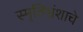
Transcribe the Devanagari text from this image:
स्मृतिभ्रंशाचे